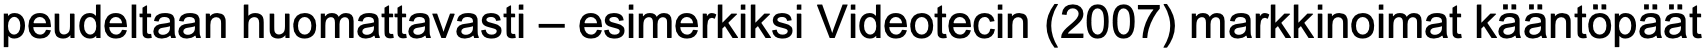
peudeltaan huomattavasti – esimerkiksi Videotecin (2007) markkinoimat kääntöpäät